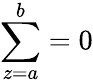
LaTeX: \sum_{z=a}^{b}=0